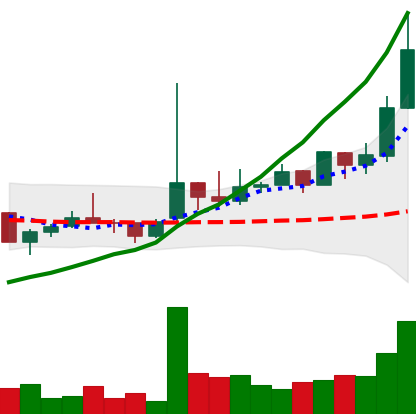
Ticker: TRX-USD
Chart end date: 2021-02-09
Forward return: 20.659%
Label: up_7plus